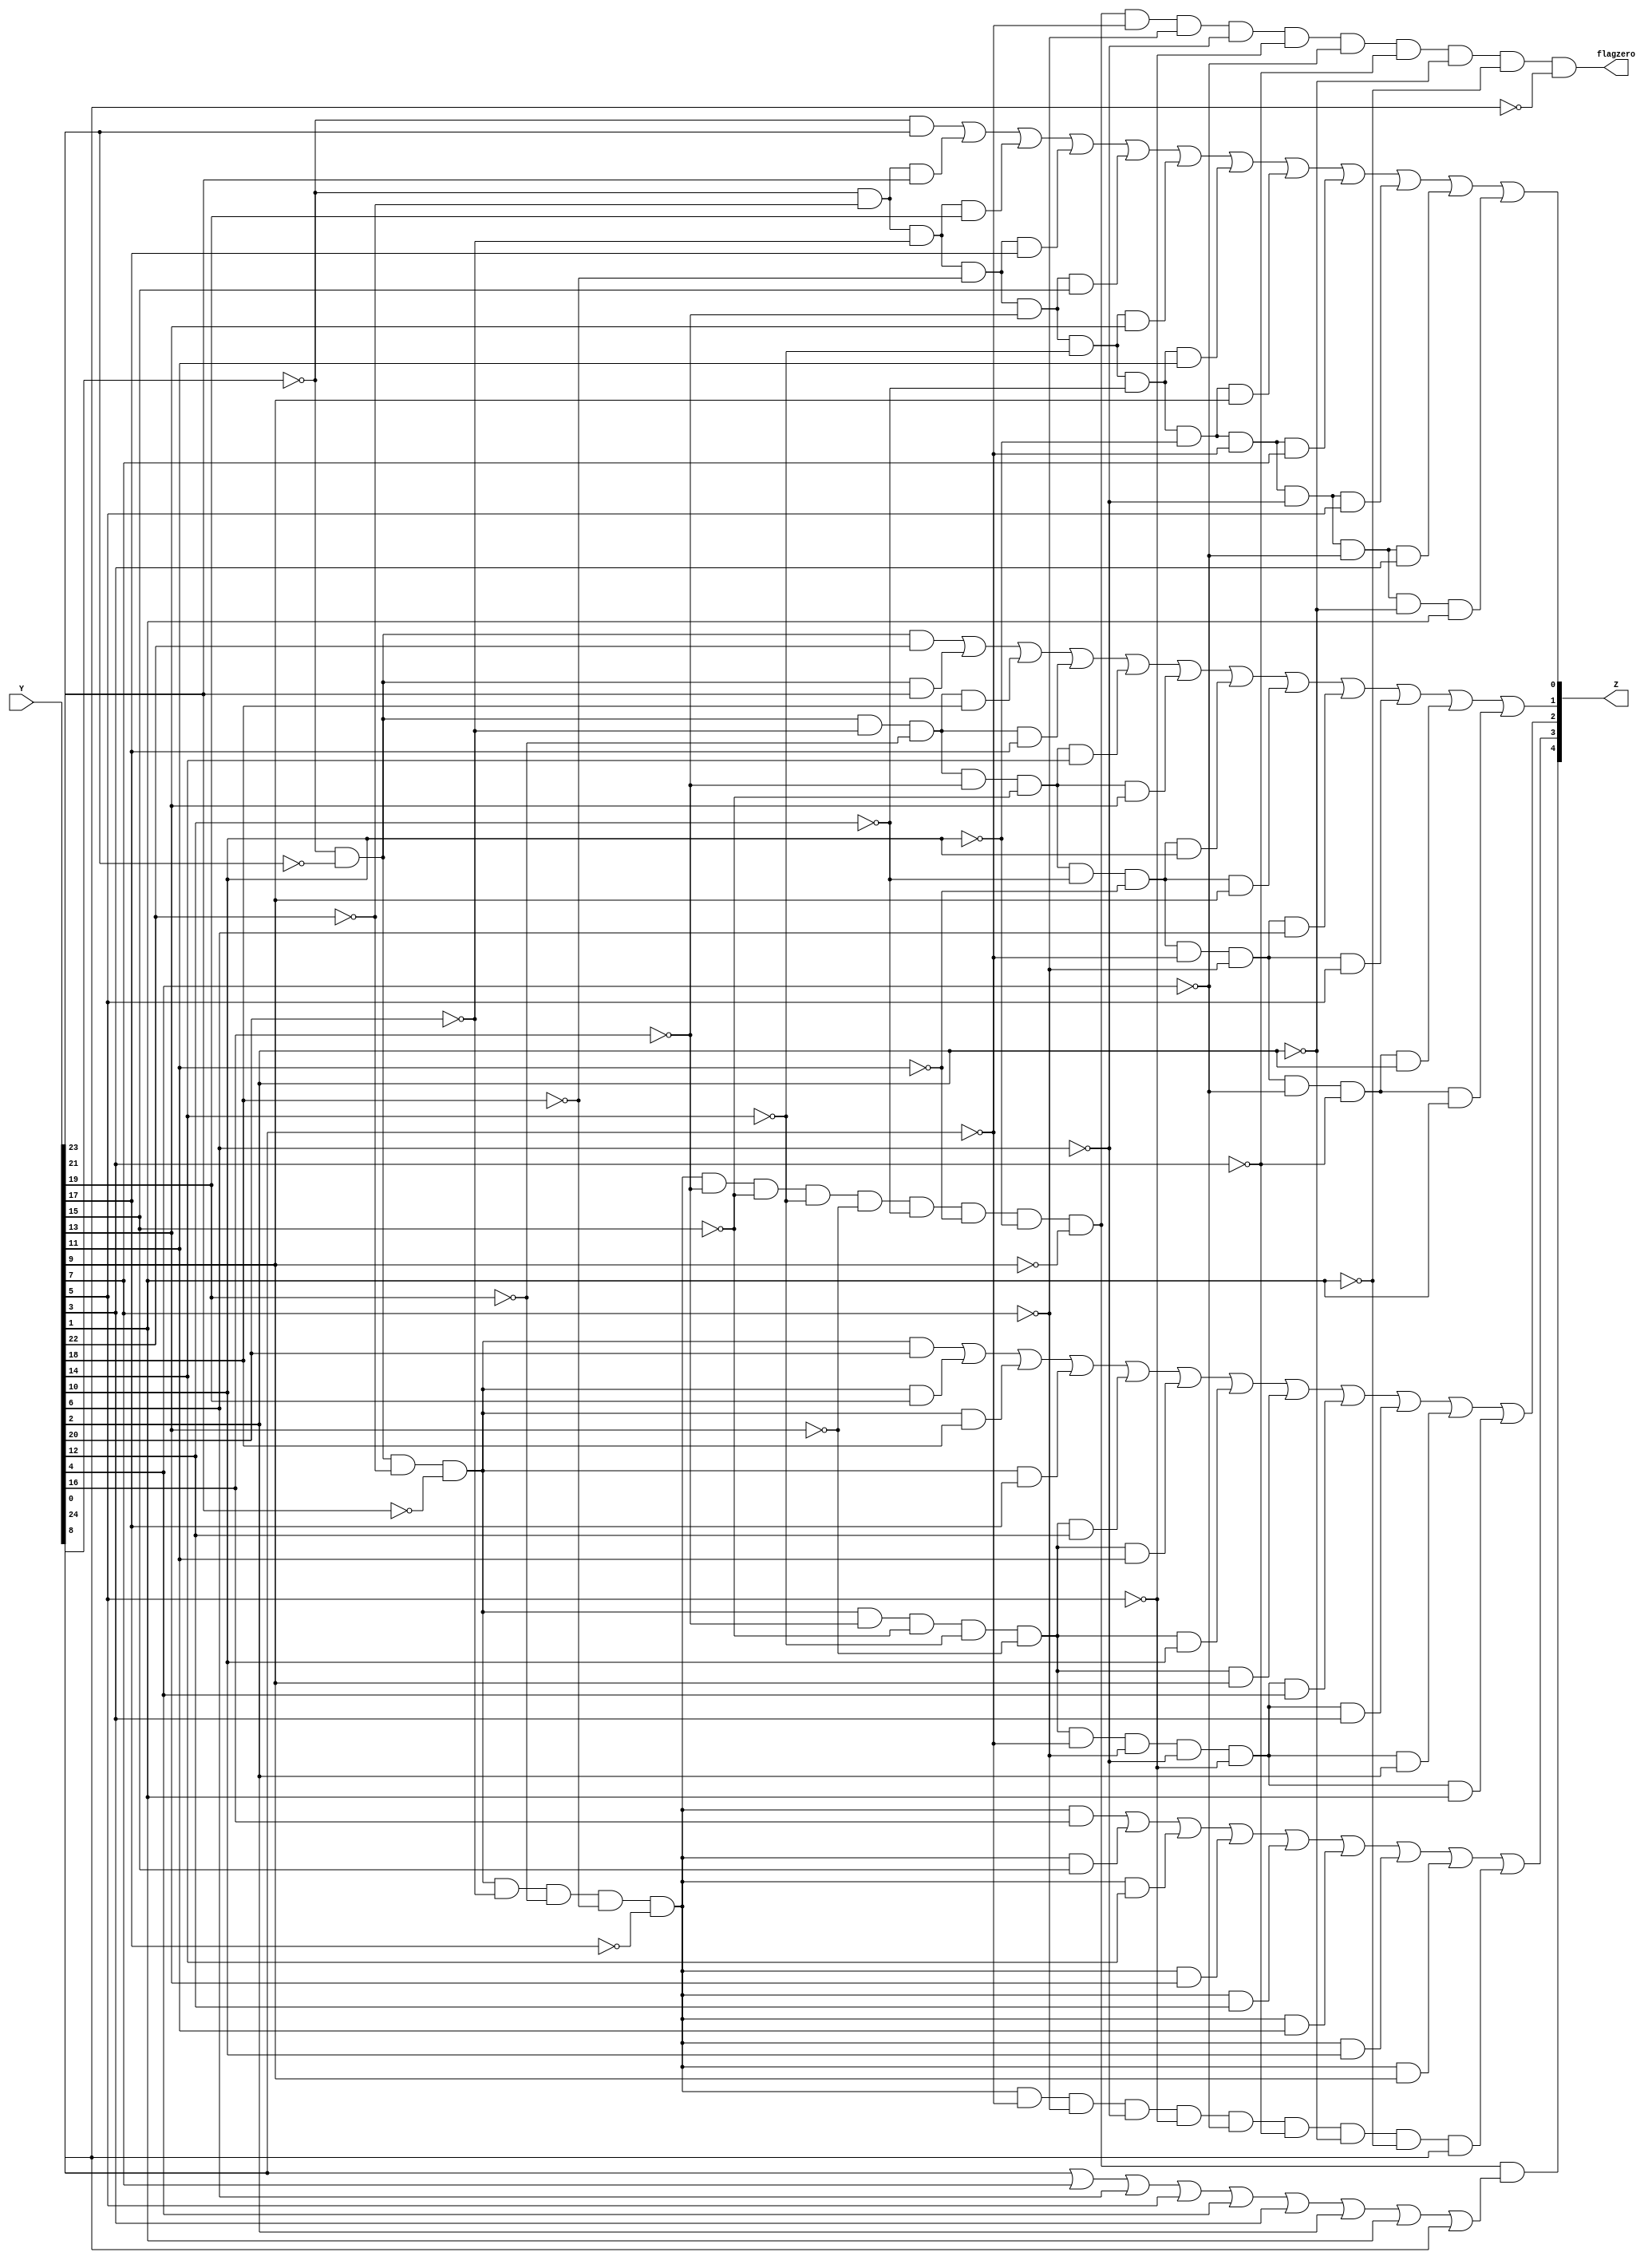
/*
 ***@Author: NGUYEN TRUNG HIEU
 ***@Date:   Oct 24th, 2018
*/

/*
 ***@Used: find bit 1 in input string 
 ***@Return: Z: position of the first bit 1
 ***         flagzero: 1 if there is no bit 1
*/
module findbit1(flagzero,Z,Y);
output	flagzero;
output	[4:0]Z;
input	[24:0]Y;

assign	flagzero=~Y[24]&~Y[23]&~Y[22]&~Y[21]&~Y[20]&~Y[19]&~Y[18]&~Y[17]
                &~Y[16]&~Y[15]&~Y[14]&~Y[13]&~Y[12]&~Y[11]&~Y[10]&~Y[9]
		&~Y[8]&~Y[7]&~Y[6]&~Y[5]&~Y[4]&~Y[3]&~Y[2]&~Y[1]&~Y[0];

assign 	Z[0]=(~Y[24]&Y[23])
            |(~Y[24]&~Y[22]&Y[21])
            |(~Y[24]&~Y[22]&~Y[20]&Y[19])
	    |(~Y[24]&~Y[22]&~Y[20]&~Y[18]&Y[17])
            |(~Y[24]&~Y[22]&~Y[20]&~Y[18]&~Y[16]&Y[15])
            |(~Y[24]&~Y[22]&~Y[20]&~Y[18]&~Y[16]&~Y[14]&Y[13])
            |(~Y[24]&~Y[22]&~Y[20]&~Y[18]&~Y[16]&~Y[14]&~Y[12]&Y[11])
            |(~Y[24]&~Y[22]&~Y[20]&~Y[18]&~Y[16]&~Y[14]&~Y[12]&~Y[10]&Y[9])
            |(~Y[24]&~Y[22]&~Y[20]&~Y[18]&~Y[16]&~Y[14]&~Y[12]&~Y[10]&~Y[8]&Y[7])
            |(~Y[24]&~Y[22]&~Y[20]&~Y[18]&~Y[16]&~Y[14]&~Y[12]&~Y[10]&~Y[8]&~Y[6]&Y[5])
            |(~Y[24]&~Y[22]&~Y[20]&~Y[18]&~Y[16]&~Y[14]&~Y[12]&~Y[10]&~Y[8]&~Y[6]&~Y[4]&Y[3])
            |(~Y[24]&~Y[22]&~Y[20]&~Y[18]&~Y[16]&~Y[14]&~Y[12]&~Y[10]&~Y[8]&~Y[6]&~Y[4]&~Y[2]&Y[1]);

assign	Z[1]=(~Y[24]&~Y[23]&Y[22])
            |(~Y[24]&~Y[23]&Y[21])
	    |(~Y[24]&~Y[23]&~Y[20]&~Y[19]&Y[18])
            |(~Y[24]&~Y[23]&~Y[20]&~Y[19]&Y[17])
	    |(~Y[24]&~Y[23]&~Y[20]&~Y[19]&~Y[16]&~Y[15]&Y[14])
            |(~Y[24]&~Y[23]&~Y[20]&~Y[19]&~Y[16]&~Y[15]&Y[13])
	    |(~Y[24]&~Y[23]&~Y[20]&~Y[19]&~Y[16]&~Y[15]&~Y[12]&~Y[11]&Y[10])
	    |(~Y[24]&~Y[23]&~Y[20]&~Y[19]&~Y[16]&~Y[15]&~Y[12]&~Y[11]&Y[9])
	    |(~Y[24]&~Y[23]&~Y[20]&~Y[19]&~Y[16]&~Y[15]&~Y[12]&~Y[11]&~Y[8]&~Y[7]&Y[6])
	    |(~Y[24]&~Y[23]&~Y[20]&~Y[19]&~Y[16]&~Y[15]&~Y[12]&~Y[11]&~Y[8]&~Y[7]&Y[5])
            |(~Y[24]&~Y[23]&~Y[20]&~Y[19]&~Y[16]&~Y[15]&~Y[12]&~Y[11]&~Y[8]&~Y[7]&~Y[4]&~Y[3]&Y[2])
	    |(~Y[24]&~Y[23]&~Y[20]&~Y[19]&~Y[16]&~Y[15]&~Y[12]&~Y[11]&~Y[8]&~Y[7]&~Y[4]&~Y[3]&Y[1]);

assign	Z[2]=(~Y[24]&~Y[23]&~Y[22]&~Y[21]&Y[20])
            |(~Y[24]&~Y[23]&~Y[22]&~Y[21]&Y[19])
            |(~Y[24]&~Y[23]&~Y[22]&~Y[21]&Y[18])
            |(~Y[24]&~Y[23]&~Y[22]&~Y[21]&Y[17])
            |(~Y[24]&~Y[23]&~Y[22]&~Y[21]&~Y[16]&~Y[15]&~Y[14]&~Y[13]&Y[12])
            |(~Y[24]&~Y[23]&~Y[22]&~Y[21]&~Y[16]&~Y[15]&~Y[14]&~Y[13]&Y[11])
            |(~Y[24]&~Y[23]&~Y[22]&~Y[21]&~Y[16]&~Y[15]&~Y[14]&~Y[13]&Y[10])
	    |(~Y[24]&~Y[23]&~Y[22]&~Y[21]&~Y[16]&~Y[15]&~Y[14]&~Y[13]&Y[9])
	    |(~Y[24]&~Y[23]&~Y[22]&~Y[21]&~Y[16]&~Y[15]&~Y[14]&~Y[13]&~Y[8]&~Y[7]&~Y[6]&~Y[5]&Y[4])
            |(~Y[24]&~Y[23]&~Y[22]&~Y[21]&~Y[16]&~Y[15]&~Y[14]&~Y[13]&~Y[8]&~Y[7]&~Y[6]&~Y[5]&Y[3])
	    |(~Y[24]&~Y[23]&~Y[22]&~Y[21]&~Y[16]&~Y[15]&~Y[14]&~Y[13]&~Y[8]&~Y[7]&~Y[6]&~Y[5]&Y[2]) 
	    |(~Y[24]&~Y[23]&~Y[22]&~Y[21]&~Y[16]&~Y[15]&~Y[14]&~Y[13]&~Y[8]&~Y[7]&~Y[6]&~Y[5]&Y[1]);

assign	Z[3]=(~Y[24]&~Y[23]&~Y[22]&~Y[21]&~Y[20]&~Y[19]&~Y[18]&~Y[17]&Y[16])
            |(~Y[24]&~Y[23]&~Y[22]&~Y[21]&~Y[20]&~Y[19]&~Y[18]&~Y[17]&Y[15])
            |(~Y[24]&~Y[23]&~Y[22]&~Y[21]&~Y[20]&~Y[19]&~Y[18]&~Y[17]&Y[14])
	    |(~Y[24]&~Y[23]&~Y[22]&~Y[21]&~Y[20]&~Y[19]&~Y[18]&~Y[17]&Y[13])
            |(~Y[24]&~Y[23]&~Y[22]&~Y[21]&~Y[20]&~Y[19]&~Y[18]&~Y[17]&Y[12])
	    |(~Y[24]&~Y[23]&~Y[22]&~Y[21]&~Y[20]&~Y[19]&~Y[18]&~Y[17]&Y[11])
            |(~Y[24]&~Y[23]&~Y[22]&~Y[21]&~Y[20]&~Y[19]&~Y[18]&~Y[17]&Y[10])
            |(~Y[24]&~Y[23]&~Y[22]&~Y[21]&~Y[20]&~Y[19]&~Y[18]&~Y[17]&Y[9])
	    |(~Y[24]&~Y[23]&~Y[22]&~Y[21]&~Y[20]&~Y[19]&~Y[18]&~Y[17]&~Y[8]&~Y[7]&~Y[6]&~Y[5]&~Y[4]&~Y[3]&~Y[2]&~Y[1]&Y[0]);

assign	Z[4]=(~Y[24]&~Y[23]&~Y[22]&~Y[21]&~Y[20]&~Y[19]&~Y[18]&~Y[17]&~Y[16]&~Y[15]&~Y[14]&~Y[13]&~Y[12]&~Y[11]&~Y[10]&~Y[9])&(Y[8]|Y[7]|Y[6]|Y[5]|Y[4]|Y[3]|Y[2]|Y[1]|Y[0]);

endmodule